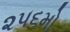
૨૫૬મો